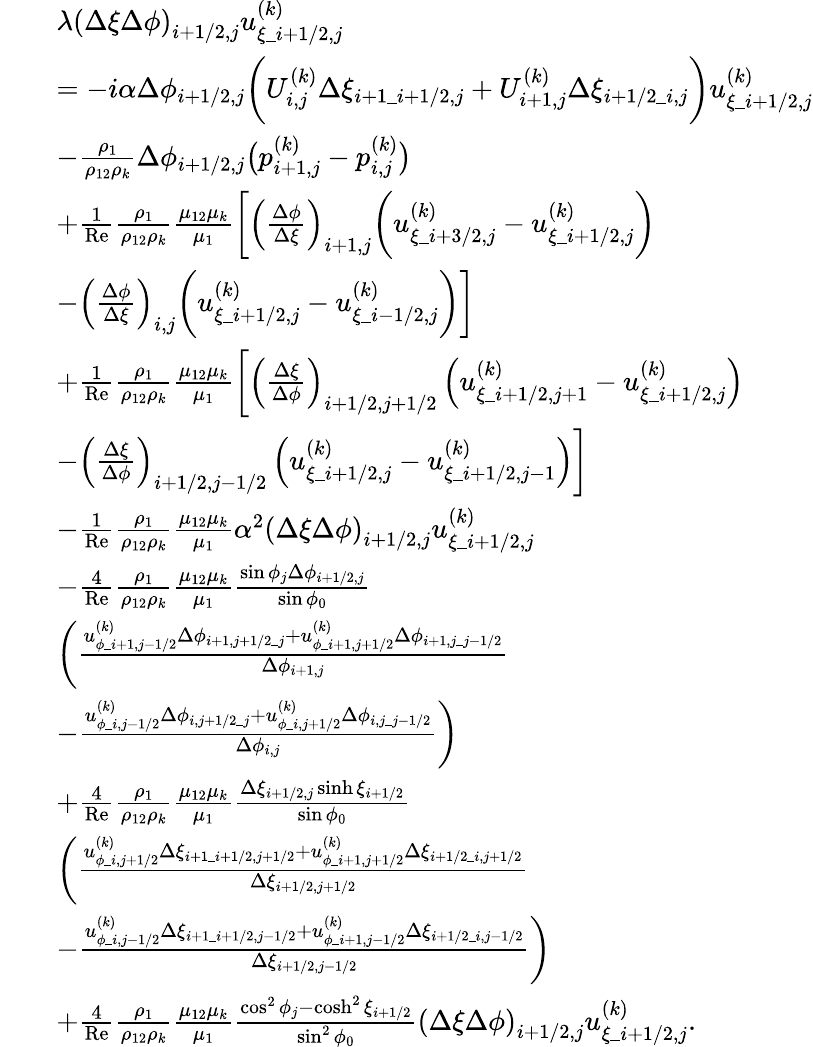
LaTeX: \begin{array}{rl}&{\begin{array}{rl}&{\lambda\left(\Delta\xi\Delta\phi\right)_{i+1/2,j}u_{\xi\_ {i+1/2,j}}^{(k)}}\\ &{=-i\alpha\Delta\phi_{i+1/2,j}\bigg(U_{i,j}^{(k)}\Delta\xi_{i+1\_ i+1/2,j}+U_{i+1,j}^{(k)}\Delta\xi_{i+1/2\_ i,j}\bigg)u_{\xi\_ i+1/2,j}^{(k)}}\\ &{-\frac{\rho_{1}}{\rho_{12}\rho_{k}}\Delta\phi_{i+1/2,j}\big(p_{i+1,j}^{(k)}-p_{i,j}^{(k)}\big)}\\ &{+\frac{1}{\mathrm{Re}}\frac{\rho_{1}}{\rho_{12}\rho_{k}}\frac{\mu_{12}\mu_{k}}{\mu_{1}}\bigg[\left(\frac{\Delta\phi}{\Delta\xi}\right)_{i+1,j}\bigg(u_{\xi\_ {i+3/2,j}}^{(k)}-u_{\xi\_ {i+1/2,j}}^{(k)}\bigg)}\\ &{-\left(\frac{\Delta\phi}{\Delta\xi}\right)_{i,j}\bigg(u_{\xi\_ {i+1/2,j}}^{(k)}-u_{\xi\_ {i-1/2,j}}^{(k)}\bigg)\bigg]}\\ &{+\frac{1}{\mathrm{Re}}\frac{\rho_{1}}{\rho_{12}\rho_{k}}\frac{\mu_{12}\mu_{k}}{\mu_{1}}\bigg[\left(\frac{\Delta\xi}{\Delta\phi}\right)_{i+1/2,j+1/2}\left(u_{\xi\_ {i+1/2,j+1}}^{(k)}-u_{\xi\_ {i+1/2,j}}^{(k)}\right)}\\ &{-\left(\frac{\Delta\xi}{\Delta\phi}\right)_{i+1/2,j-1/2}\left(u_{\xi\_ {i+1/2,j}}^{(k)}-u_{\xi\_ {i+1/2,j-1}}^{(k)}\right)\bigg]}\\ &{-\frac{1}{\mathrm{Re}}\frac{\rho_{1}}{\rho_{12}\rho_{k}}\frac{\mu_{12}\mu_{k}}{\mu_{1}}\alpha^{2}\left(\Delta\xi\Delta\phi\right)_{i+1/2,j}u_{\xi\_ {i+1/2,j}}^{(k)}}\\ &{-\frac{4}{\mathrm{Re}}\frac{\rho_{1}}{\rho_{12}\rho_{k}}\frac{\mu_{12}\mu_{k}}{\mu_{1}}\frac{\sin\phi_{j}\Delta\phi_{i+1/2,j}}{\sin\phi_{0}}}\\ &{\bigg(\frac{u_{\phi\_ i+1,j-1/2}^{(k)}\Delta\phi_{i+1,j+1/2\_ j}+u_{\phi\_ i+1,j+1/2}^{(k)}\Delta\phi_{i+1,j\_ j-1/2}}{\Delta\phi_{i+1,j}}}\\ &{-\frac{u_{\phi\_ i,j-1/2}^{(k)}\Delta\phi_{i,j+1/2\_ j}+u_{\phi\_ i,j+1/2}^{(k)}\Delta\phi_{i,j\_ j-1/2}}{\Delta\phi_{i,j}}\bigg)}\\ &{+\frac{4}{\mathrm{Re}}\frac{\rho_{1}}{\rho_{12}\rho_{k}}\frac{\mu_{12}\mu_{k}}{\mu_{1}}\frac{\Delta\xi_{i+1/2,j}\sinh\xi_{i+1/2}}{\sin\phi_{0}}}\\ &{\bigg(\frac{u_{\phi\_ i,j+1/2}^{(k)}\Delta\xi_{i+1\_ i+1/2,j+1/2}+u_{\phi\_ i+1,j+1/2}^{(k)}\Delta\xi_{i+1/2\_ i,j+1/2}}{\Delta\xi_{i+1/2,j+1/2}}}\\ &{-\frac{u_{\phi\_ i,j-1/2}^{(k)}\Delta\xi_{i+1\_ i+1/2,j-1/2}+u_{\phi\_ i+1,j-1/2}^{(k)}\Delta\xi_{i+1/2\_ i,j-1/2}}{\Delta\xi_{i+1/2,j-1/2}}\bigg)}\\ &{+\frac{4}{\mathrm{Re}}\frac{\rho_{1}}{\rho_{12}\rho_{k}}\frac{\mu_{12}\mu_{k}}{\mu_{1}}\frac{\cos^{2}\phi_{j}-\cosh^{2}\xi_{i+1/2}}{\sin^{2}\phi_{0}}\left(\Delta\xi\Delta\phi\right)_{i+1/2,j}u_{\xi\_ i+1/2,j}^{(k)}.}\end{array}}\end{array}